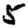
Digit: 5